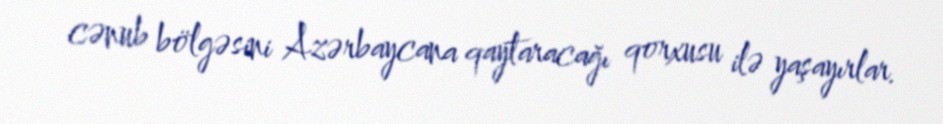
cənub bölgəsini Azərbaycana qaytaracağı qorxusu ilə yaşayırlar.